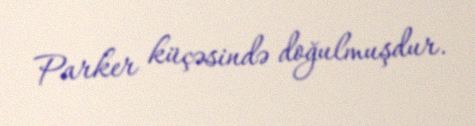
Parker küçəsində doğulmuşdur.